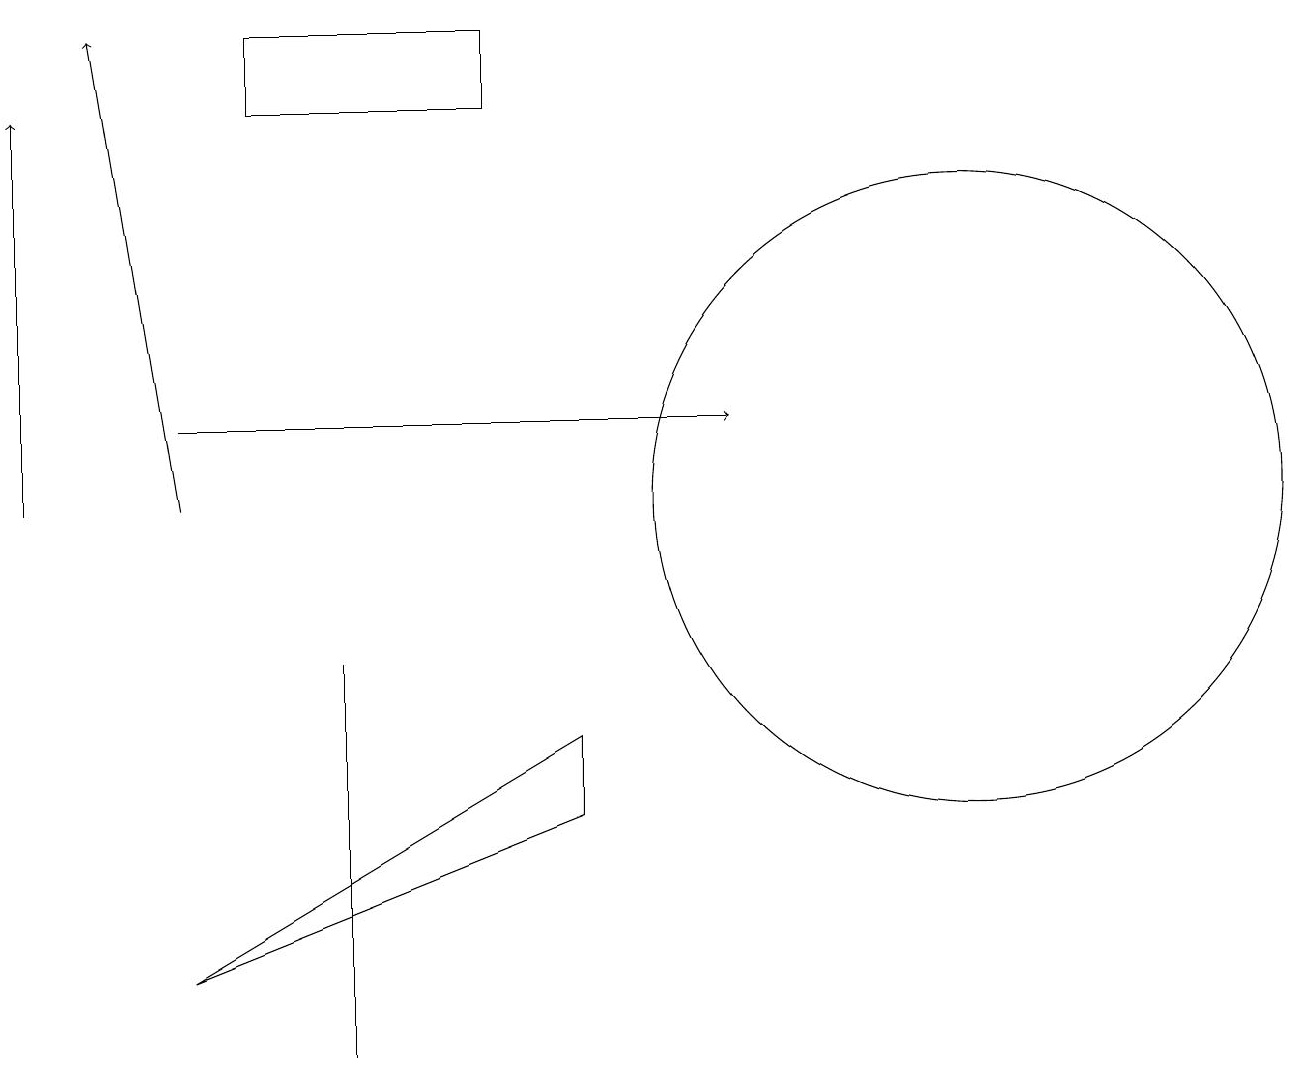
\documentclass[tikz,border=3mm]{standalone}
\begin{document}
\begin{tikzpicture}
\draw[->] (2,12) -- (9,12);
\draw (12,11) circle (4);
\draw (6,16) rectangle (3,17);
\draw (2,5) -- (7,7) -- (7,8) -- cycle;
\draw[->] (2,11) -- (1,17);
\draw (4,9) -- (4,8) -- (4,4) -- cycle;
\draw[->] (0,11) -- (0,16);
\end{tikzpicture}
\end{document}